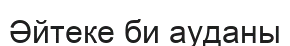
Әйтеке би ауданы